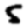
Digit: 5